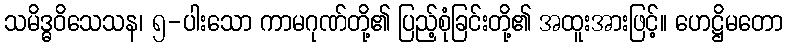
သမိဒ္ဓဝိသေသန၊ ၅-ပါးသော ကာမဂုဏ်တို့၏ ပြည့်စုံခြင်းတို့၏ အထူးအားဖြင့်။ ဟေဋ္ဌိမတော